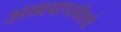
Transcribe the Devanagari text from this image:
अव्ययापर्यंतचे